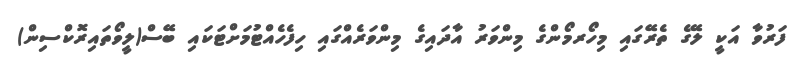
ފަރުވާ އަކީ ލޭގެ ތެރޭގައި މިހޯރމޯންގެ މިންވަރު އާދައިގެ މިންވަރެއްގައި ހިފެހެއްޓުމަށްޓަކައި ބޭސް(ލީވޯތައިރޮކްސިން)